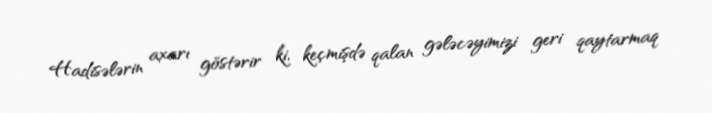
Hadisələrin axarı göstərir ki, keçmişdə qalan gələcəyimizi geri qaytarmaq